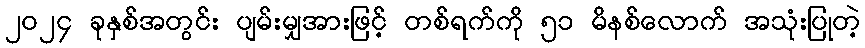
၂၀၂၄ ခုနှစ်အတွင်း ပျမ်းမျှအားဖြင့် တစ်ရက်ကို ၅၁ မိနစ်လောက် အသုံးပြုတဲ့